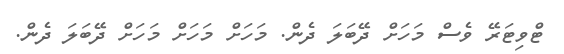
ޓްވިޓަރޭ ވެސް މަހަށް ދޭބަލަ ދެން. މަހަށް މަހަށް މަހަށް ދޭބަލަ ދެން.